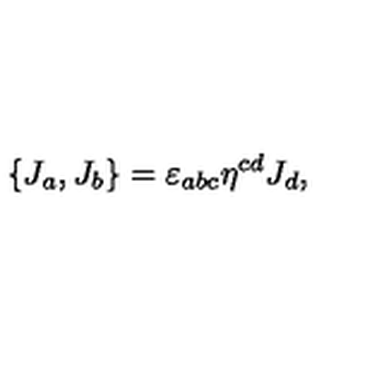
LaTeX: \{ J _ { a } , J _ { b } \} = \varepsilon _ { a b c } \eta ^ { c d } J _ { d } ,